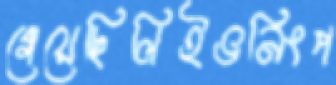
গেয়েছিলিইভনিংপ